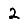
Digit: 2